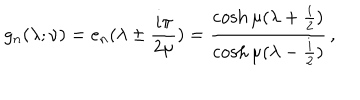
g _ { n } ( \lambda ; \nu ) = e _ { n } ( \lambda \pm { \frac { i \pi } { 2 \mu } } ) = { \frac { \cosh \mu ( \lambda + { \frac { i } { 2 } } ) } { \cosh \mu ( \lambda - { \frac { i } { 2 } } ) } } \, ,